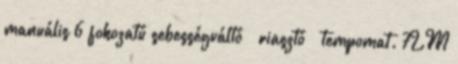
manuális 6 fokozatú sebességváltó – riasztó – tempomat. 7LM